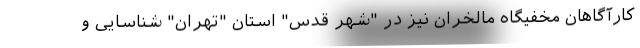
کارآگاهان مخفیگاه مالخران نیز در "شهر قدس" استان "تهران" شناسایی و